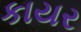
કાયર